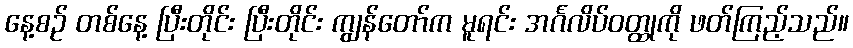
နေ့စဉ် တစ်နေ့ ပြီးတိုင်း ပြီးတိုင်း ကျွန်တော်က မူရင်း အင်္ဂလိပ်ဝတ္ထုကို ဖတ်ကြည့်သည်။